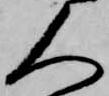
人